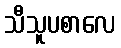
သီသူပစာလေ